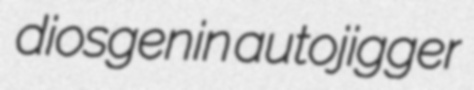
diosgenin autojigger